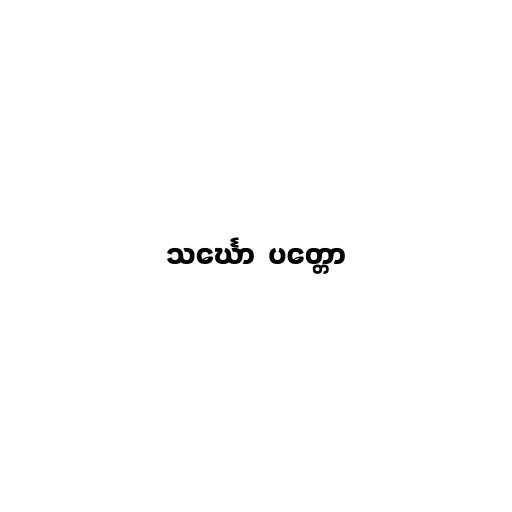
သင်္ဃော  ပတ္တော